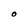
Character: O